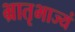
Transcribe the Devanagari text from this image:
भ्रातृभाज्यं